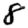
Digit: 8